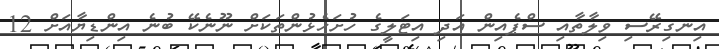
އިނގިރޭސި ވިލާތާއި ސްޕެއިން އަދި އިޓަލީގެ ހުށަހެޅުންތަކަށް ނޫނެކޭ ބުނެ އިންޑިޔާއަށް 12